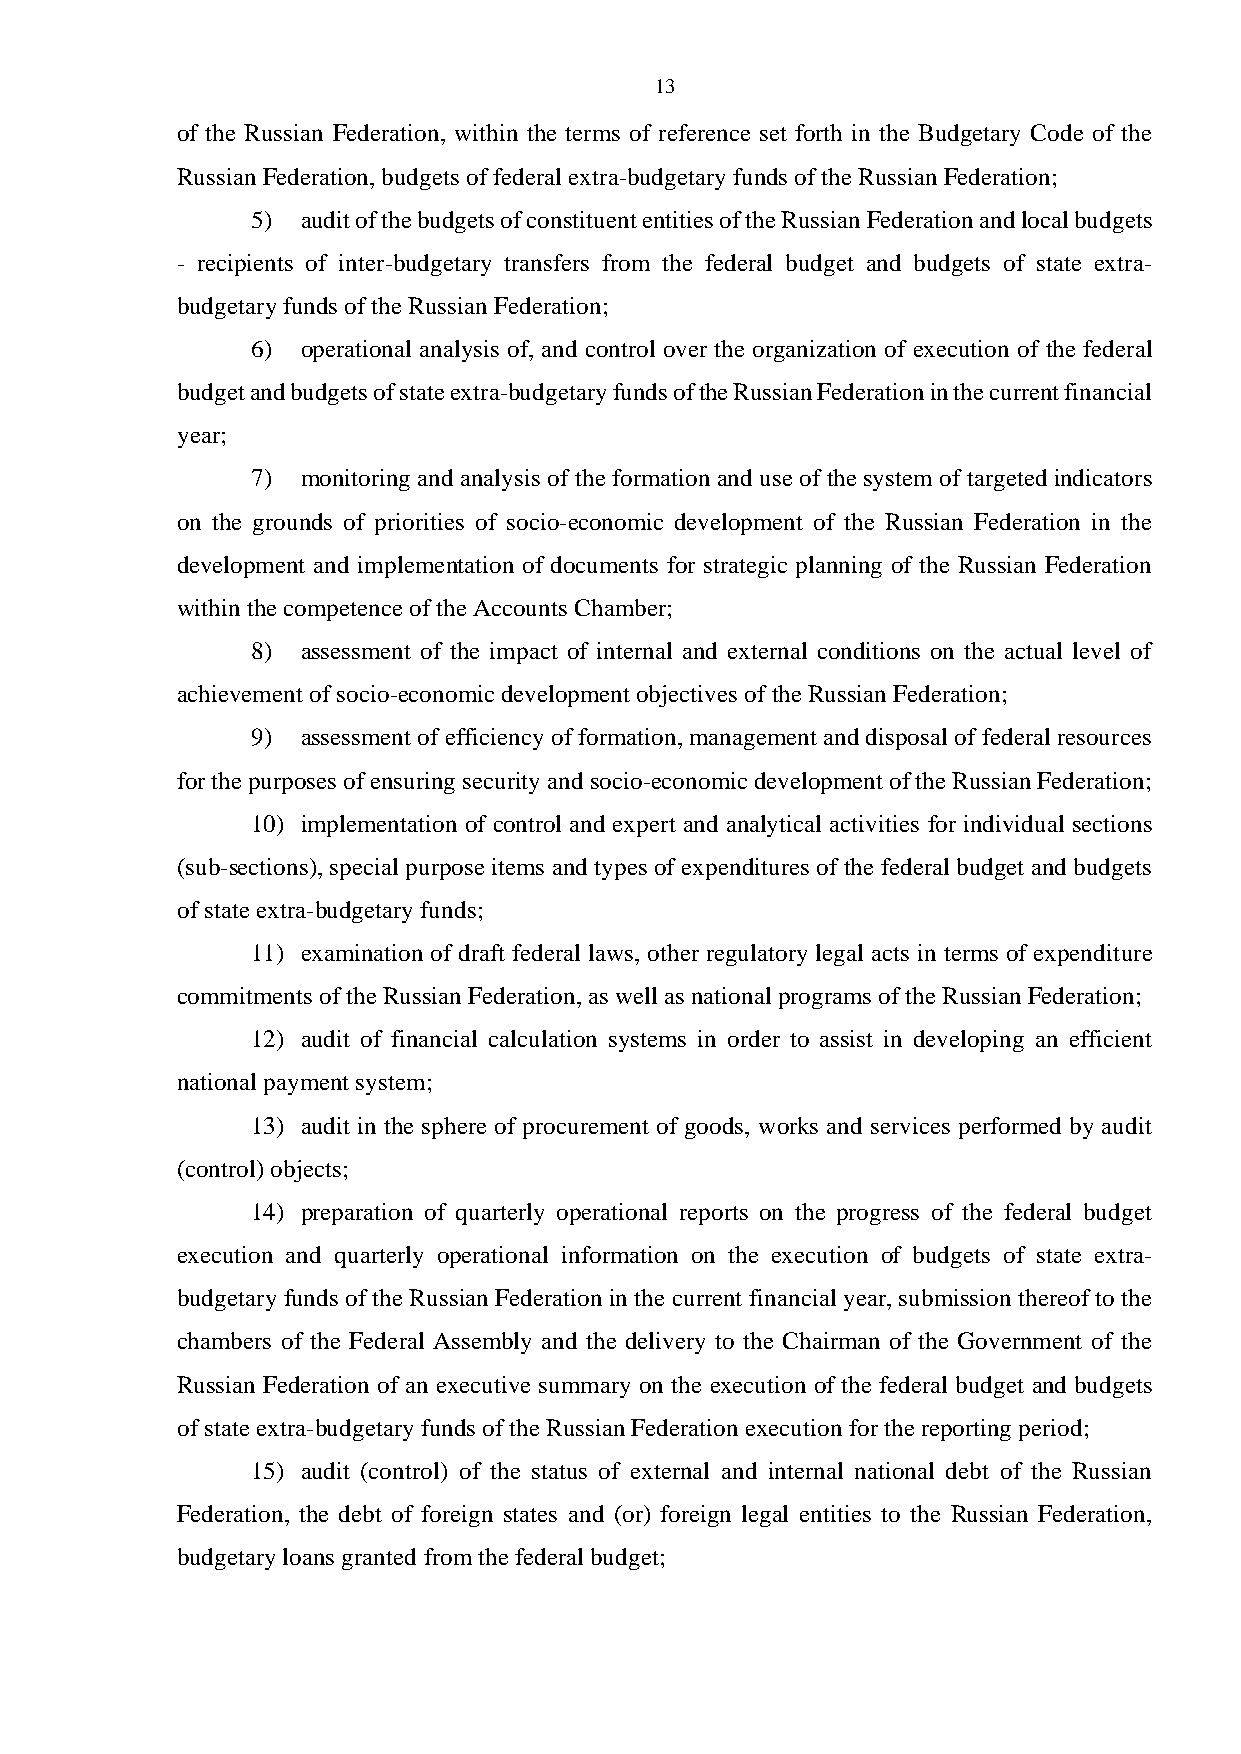
13
 of the Russian Federation, within the terms of reference set forth in the Budgetary Code of the
 Russian Federation, budgets of federal extra-budgetary funds of the Russian Federation;
 5) audit of the budgets of constituent entities of the Russian Federation and local budgets
 - recipients of inter-budgetary transfers from the federal budget and budgets of state extra-
 budgetary funds of the Russian Federation;
 6) operational analysis of, and control over the organization of execution of the federal
 budget and budgets of state extra-budgetary funds of the Russian Federation in the current financial
 year;
 7) monitoring and analysis of the formation and use of the system of targeted indicators
 on the grounds of priorities of socio-economic development of the Russian Federation in the
 development and implementation of documents for strategic planning of the Russian Federation
 within the competence of the Accounts Chamber;
 8) assessment of the impact of internal and external conditions on the actual level of
 achievement of socio-economic development objectives of the Russian Federation;
 9) assessment of efficiency of formation, management and disposal of federal resources
 for the purposes of ensuring security and socio-economic development of the Russian Federation;
 10) implementation of control and expert and analytical activities for individual sections
 (sub-sections), special purpose items and types of expenditures of the federal budget and budgets
 of state extra-budgetary funds;
 11) examination of draft federal laws, other regulatory legal acts in terms of expenditure
 commitments of the Russian Federation, as well as national programs of the Russian Federation;
 12) audit of financial calculation systems in order to assist in developing an efficient
 national payment system;
 13) audit in the sphere of procurement of goods, works and services performed by audit
 (control) objects;
 14) preparation of quarterly operational reports on the progress of the federal budget
 execution and quarterly operational information on the execution of budgets of state extra-
 budgetary funds of the Russian Federation in the current financial year, submission thereof to the
 chambers of the Federal Assembly and the delivery to the Chairman of the Government of the
 Russian Federation of an executive summary on the execution of the federal budget and budgets
 of state extra-budgetary funds of the Russian Federation execution for the reporting period;
 15) audit (control) of the status of external and internal national debt of the Russian
 Federation, the debt of foreign states and (or) foreign legal entities to the Russian Federation,
 budgetary loans granted from the federal budget;